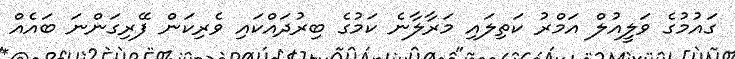
ގައުމުގެ ވަލީއުލް އަމްރު ކަތިލައި މަރާލާނެ ކަމުގެ ބިރުދައްކައި ވެރިކަން ފޭރިގަންނަ ބައެއް